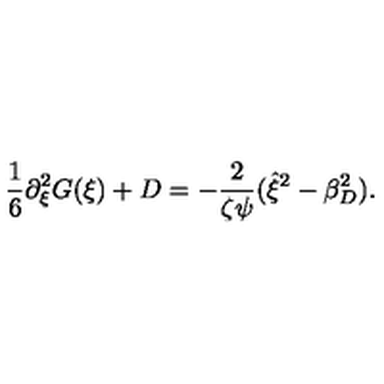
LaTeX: \frac { 1 } { 6 } \partial _ { \xi } ^ { 2 } G ( \xi ) + D = - \frac { 2 } { \zeta \psi } ( \hat { \xi } ^ { 2 } - \beta _ { D } ^ { 2 } ) .